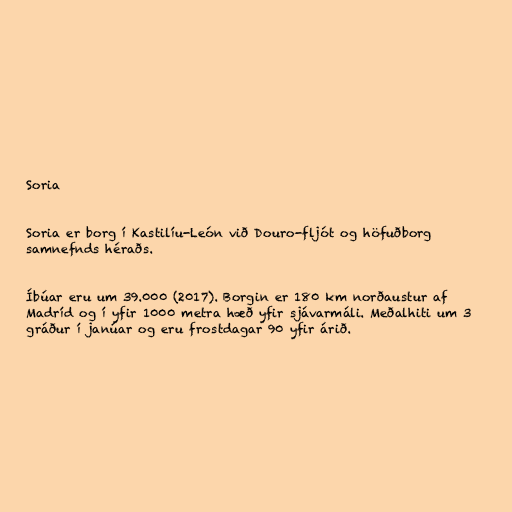
Soria

Soria er borg í Kastilíu-León við Douro-fljót og höfuðborg
samnefnds héraðs.

Íbúar eru um 39.000 (2017). Borgin er 180 km norðaustur af
Madríd og í yfir 1000 metra hæð yfir sjávarmáli. Meðalhiti um 3
gráður í janúar og eru frostdagar 90 yfir árið.